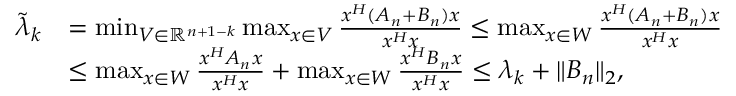
\begin{array} { r l } { \widetilde { \lambda } _ { k } } & { = \operatorname* { m i n } _ { V \in \mathbb { R } ^ { n + 1 - k } } \operatorname* { m a x } _ { x \in V } { \frac { x ^ { H } ( A _ { n } + B _ { n } ) x } { x ^ { H } x } } \leq \operatorname* { m a x } _ { x \in W } { \frac { x ^ { H } ( A _ { n } + B _ { n } ) x } { x ^ { H } x } } } \\ & { \leq \operatorname* { m a x } _ { x \in W } { \frac { x ^ { H } A _ { n } x } { x ^ { H } x } } + \operatorname* { m a x } _ { x \in W } { \frac { x ^ { H } B _ { n } x } { x ^ { H } x } } \leq \lambda _ { k } + \Vert B _ { n } \Vert _ { 2 } , } \end{array}